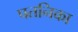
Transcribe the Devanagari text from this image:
पतनिका